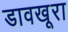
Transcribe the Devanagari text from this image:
डावखूरा